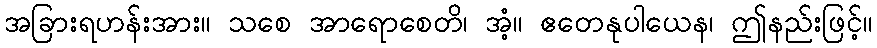
အခြားရဟန်းအား။ သစေ အာရောစေတိ၊ အံ့။ ဧတေနုပါယေန၊ ဤနည်းဖြင့်။